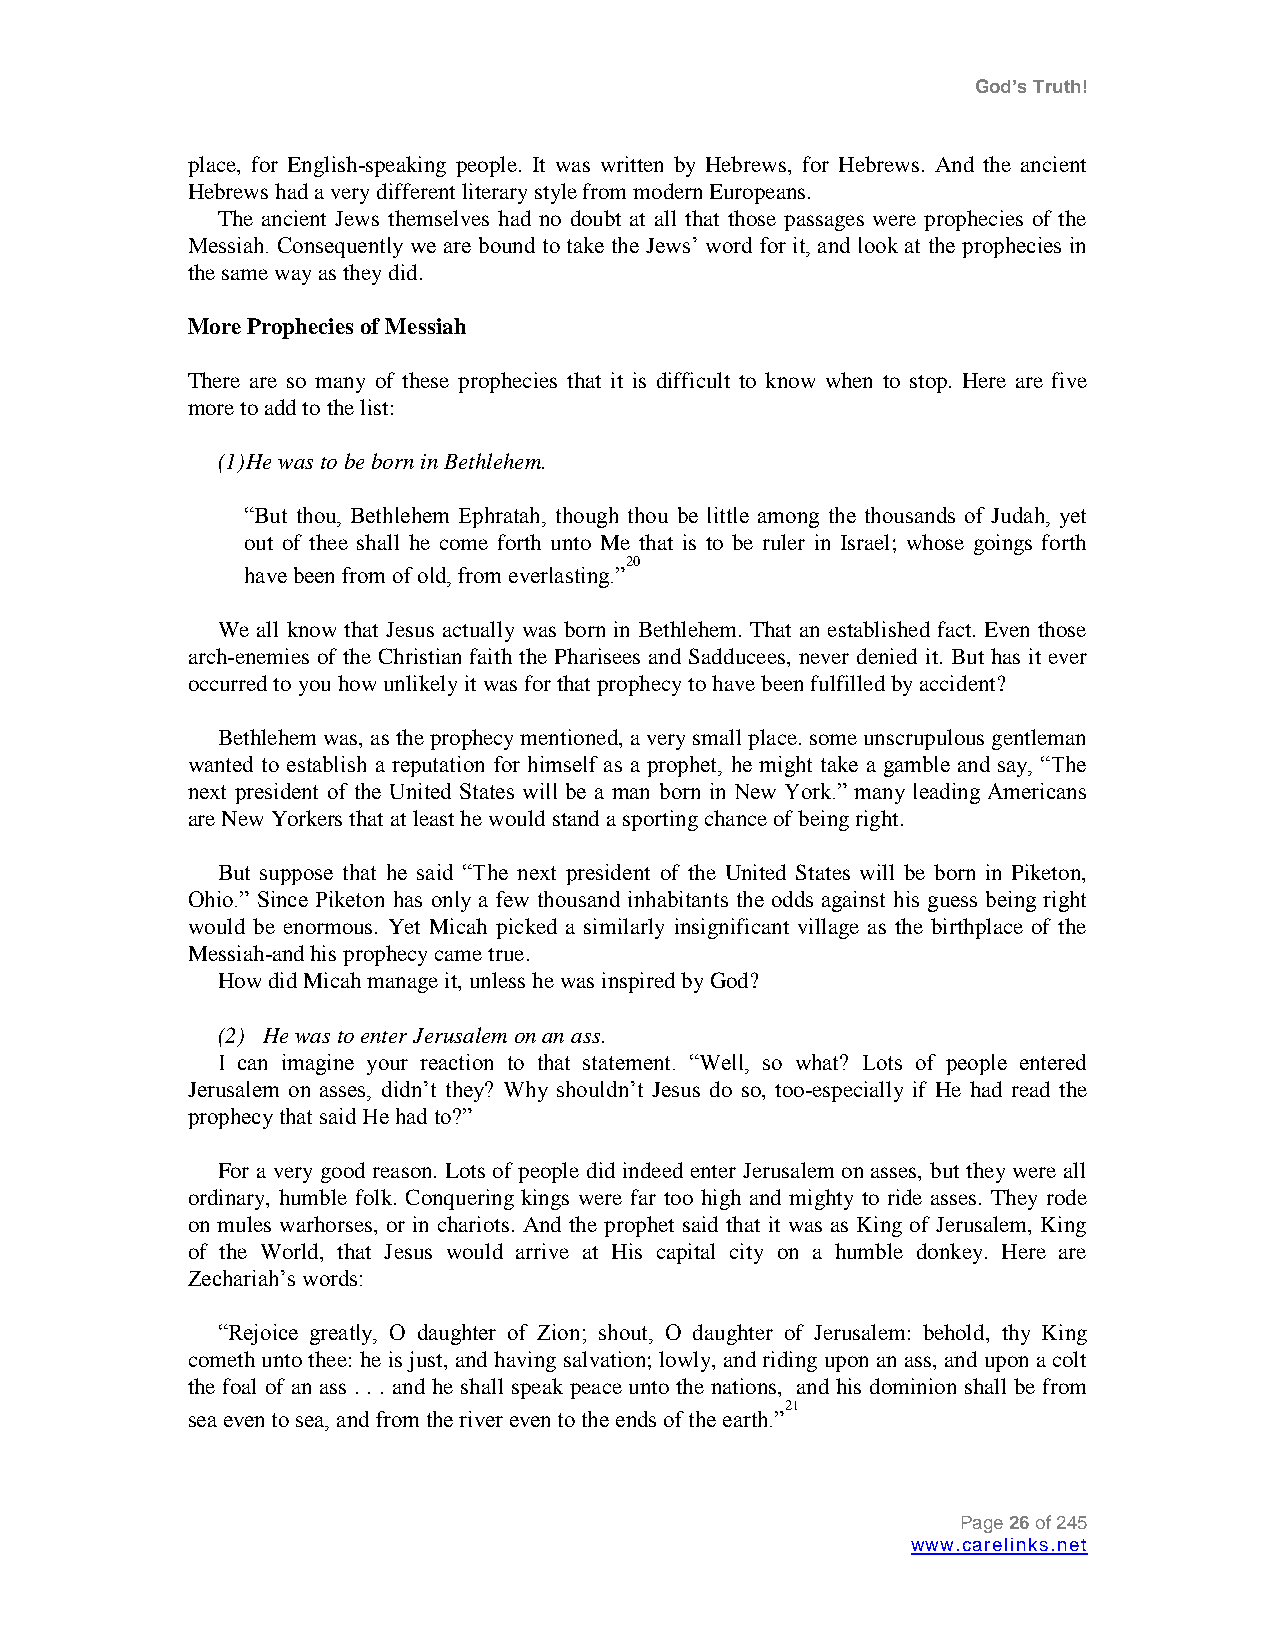
God’s Truth!
 place, for English-speaking people. It was written by Hebrews, for Hebrews. And the ancient
 Hebrews had a very different literary style from modern Europeans.
 The ancient Jews themselves had no doubt at all that those passages were prophecies of the
 Messiah. Consequently we are bound to take the Jews‟ word for it, and look at the prophecies in
 the same way as they did.
 More Prophecies of Messiah
 There are so many of these prophecies that it is difficult to know when to stop. Here are five
 more to add to the list:
 (1) He was to be born in Bethlehem.
 “But thou, Bethlehem Ephratah, though thou be little among the thousands of Judah, yet
 out of thee shall he come forth unto Me that is to be ruler in Israel; whose goings forth
 20
 have been from of old, from everlasting.”
 We all know that Jesus actually was born in Bethlehem. That an established fact. Even those
 arch-enemies of the Christian faith the Pharisees and Sadducees, never denied it. But has it ever
 occurred to you how unlikely it was for that prophecy to have been fulfilled by accident?
 Bethlehem was, as the prophecy mentioned, a very small place. some unscrupulous gentleman
 wanted to establish a reputation for himself as a prophet, he might take a gamble and say, “The
 next president of the United States will be a man born in New York.” many leading Americans
 are New Yorkers that at least he would stand a sporting chance of being right.
 But suppose that he said “The next president of the United States will be born in Piketon,
 Ohio.” Since Piketon has only a few thousand inhabitants the odds against his guess being right
 would be enormous. Yet Micah picked a similarly insignificant village as the birthplace of the
 Messiah-and his prophecy came true.
 How did Micah manage it, unless he was inspired by God?
 (2) He was to enter Jerusalem on an ass.
 I can imagine your reaction to that statement. “Well, so what? Lots of people entered
 Jerusalem on asses, didn‟t they? Why shouldn‟t Jesus do so, too-especially if He had read the
 prophecy that said He had to?”
 For a very good reason. Lots of people did indeed enter Jerusalem on asses, but they were all
 ordinary, humble folk. Conquering kings were far too high and mighty to ride asses. They rode
 on mules warhorses, or in chariots. And the prophet said that it was as King of Jerusalem, King
 of the World, that Jesus would arrive at His capital city on a humble donkey. Here are
 Zechariah‟s words:
 “Rejoice greatly, O daughter of Zion; shout, O daughter of Jerusalem: behold, thy King
 cometh unto thee: he is just, and having salvation; lowly, and riding upon an ass, and upon a colt
 the foal of an ass . . . and he shall speak peace unto the nations, and his dominion shall be from
 21
 sea even to sea, and from the river even to the ends of the earth.”
 Page 26 of 245
 www.carelinks.net